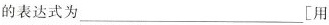
的表达式为___[用